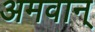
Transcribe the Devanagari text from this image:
अमवान्